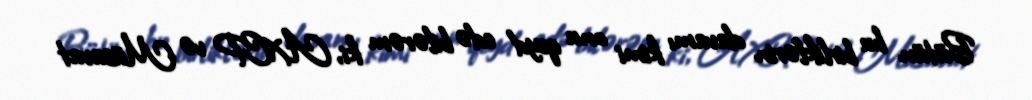
Bütün bu birliklərin davamı kimi onu qeyd edə bilərəm ki, AXCP və Müsavat